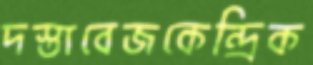
দস্তাবেজকেন্দ্রিক